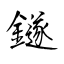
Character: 鐩